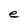
Character: e